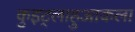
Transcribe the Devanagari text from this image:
कुइट्लाहुआकला